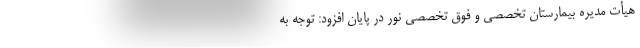
هیأت مدیره بیمارستان تخصصی و فوق تخصصی نور در پایان افزود: توجه به